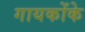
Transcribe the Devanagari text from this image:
गायकोंके